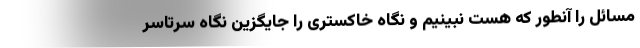
مسائل را آنطور که هست نبینیم و نگاه خاکستری را جایگزین نگاه سرتاسر